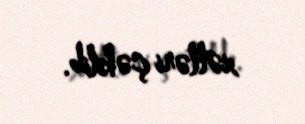
xətləri çəkilib.